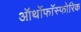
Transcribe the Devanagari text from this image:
ऑर्थोफाॅस्फोरिक